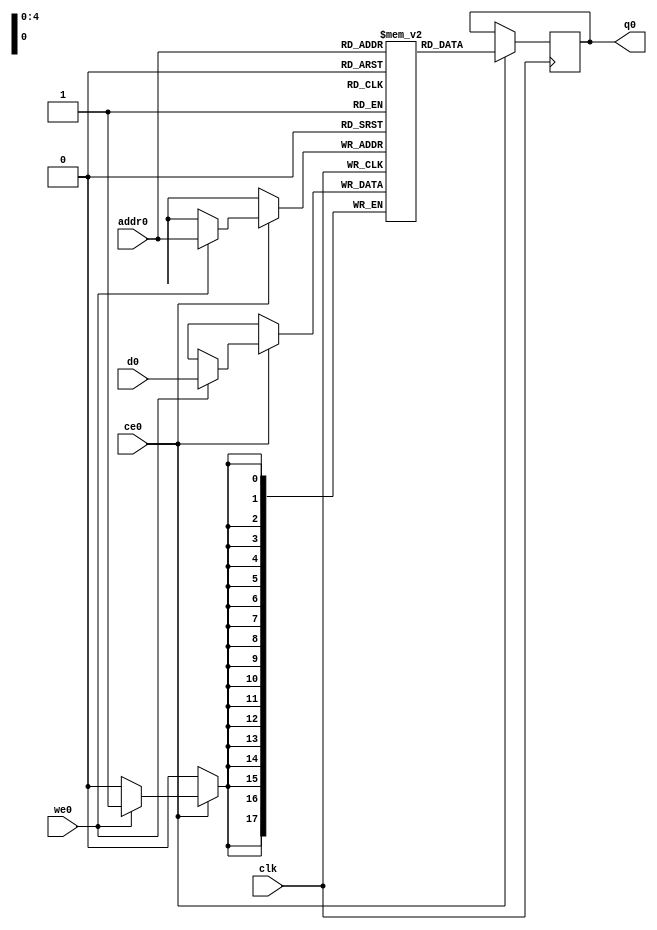
// ==============================================================
// Vivado(TM) HLS - High-Level Synthesis from C, C++ and SystemC v2019.2 (64-bit)
// Copyright 1986-2019 Xilinx, Inc. All Rights Reserved.
// ==============================================================
`timescale 1 ns / 1 ps
module conv_2d_cl_ss_ap_fixed_ap_fixed_18_8_5_3_0_config7_s_tmpdjbC_ram (addr0, ce0, d0, we0, q0,  clk);

parameter DWIDTH = 18;
parameter AWIDTH = 5;
parameter MEM_SIZE = 32;

input[AWIDTH-1:0] addr0;
input ce0;
input[DWIDTH-1:0] d0;
input we0;
output reg[DWIDTH-1:0] q0;
input clk;

(* ram_style = "distributed" *)reg [DWIDTH-1:0] ram[0:MEM_SIZE-1];




always @(posedge clk)  
begin 
    if (ce0) begin
        if (we0) 
            ram[addr0] <= d0; 
        q0 <= ram[addr0];
    end
end


endmodule

`timescale 1 ns / 1 ps
module conv_2d_cl_ss_ap_fixed_ap_fixed_18_8_5_3_0_config7_s_tmpdjbC(
    reset,
    clk,
    address0,
    ce0,
    we0,
    d0,
    q0);

parameter DataWidth = 32'd18;
parameter AddressRange = 32'd32;
parameter AddressWidth = 32'd5;
input reset;
input clk;
input[AddressWidth - 1:0] address0;
input ce0;
input we0;
input[DataWidth - 1:0] d0;
output[DataWidth - 1:0] q0;



conv_2d_cl_ss_ap_fixed_ap_fixed_18_8_5_3_0_config7_s_tmpdjbC_ram conv_2d_cl_ss_ap_fixed_ap_fixed_18_8_5_3_0_config7_s_tmpdjbC_ram_U(
    .clk( clk ),
    .addr0( address0 ),
    .ce0( ce0 ),
    .we0( we0 ),
    .d0( d0 ),
    .q0( q0 ));

endmodule